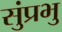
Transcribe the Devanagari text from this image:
सुंप्रभु